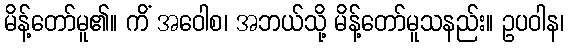
မိန့်တော်မူ၏။ ကိံ အဝေါစ၊ အဘယ်သို့ မိန့်တော်မူသနည်း။ ဥပဝါန၊